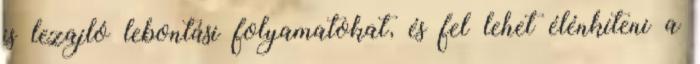
is lezajló lebontási folyamatokat, és fel lehet élénkíteni a